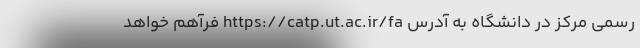
رسمی مرکز در دانشگاه به آدرس https://catp.ut.ac.ir/fa فرآهم خواهد